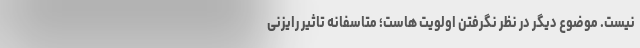
نیست. موضوع دیگر در نظر نگرفتن اولویت هاست؛ متاسفانه تاثیر رایزنی